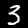
Digit: 3